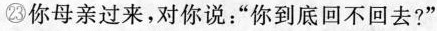
㉓你母亲过来，对你说：“你到底回不回去？”